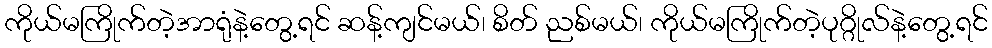
ကိုယ်မကြိုက်တဲ့အာရုံနဲ့တွေ့ရင် ဆန့်ကျင်မယ်၊ စိတ် ညစ်မယ်၊ ကိုယ်မကြိုက်တဲ့ပုဂ္ဂိုလ်နဲ့တွေ့ရင်